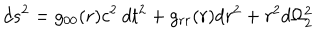
LaTeX: d s ^ { 2 } = g _ { 0 0 } ( r ) c ^ { 2 } \: d t ^ { 2 } + g _ { r r } ( r ) d r ^ { 2 } + r ^ { 2 } d \Omega _ { 2 } ^ { 2 }